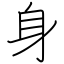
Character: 身